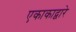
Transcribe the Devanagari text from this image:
एकाकाद्वारे